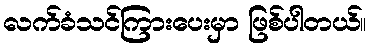
လက်ခံသင်ကြားပေးမှာ ဖြစ်ပါတယ်။